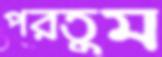
পরতুম